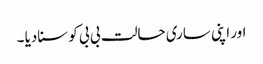
اور اپنی ساری حالت بی بی کو سنادیا ۔